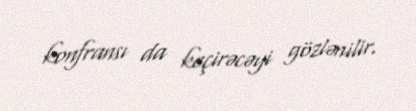
konfransı da keçirəcəyi gözlənilir.